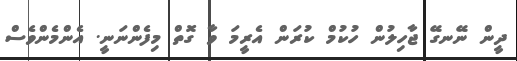
ދީން ނޭނގޭ ޖާހިލުން ހުކުމް ކުރަން އެރީމަ ވާ ގޮތް މިފެންނަނީ. އެންމެންވެސް